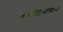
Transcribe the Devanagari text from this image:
कारडियोग्राम